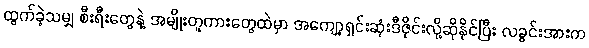
ထွက်ခဲ့သမျှ စီးရီးတွေနဲ့ အမျိုးတူကားတွေထဲမှာ အကျော့ရှင်းဆုံးဒီဇိုင်းလို့ဆိုနိုင်ပြီး လခွင်းအားက